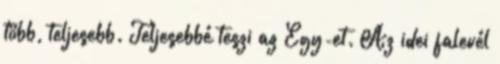
több, teljesebb. Teljesebbé teszi az Egy-et. Az idei falevél